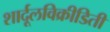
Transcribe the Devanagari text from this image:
शार्दूलविक्रीडिती